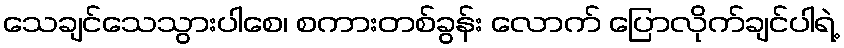
သေချင်သေသွားပါစေ၊ စကားတစ်ခွန်း လောက် ပြောလိုက်ချင်ပါရဲ့